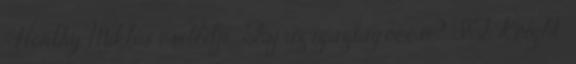
: Horthy Miklós cselédje: Fáj az igazság,öccse? IT Knight: